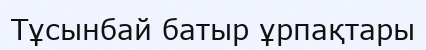
Тұсынбай батыр ұрпақтары